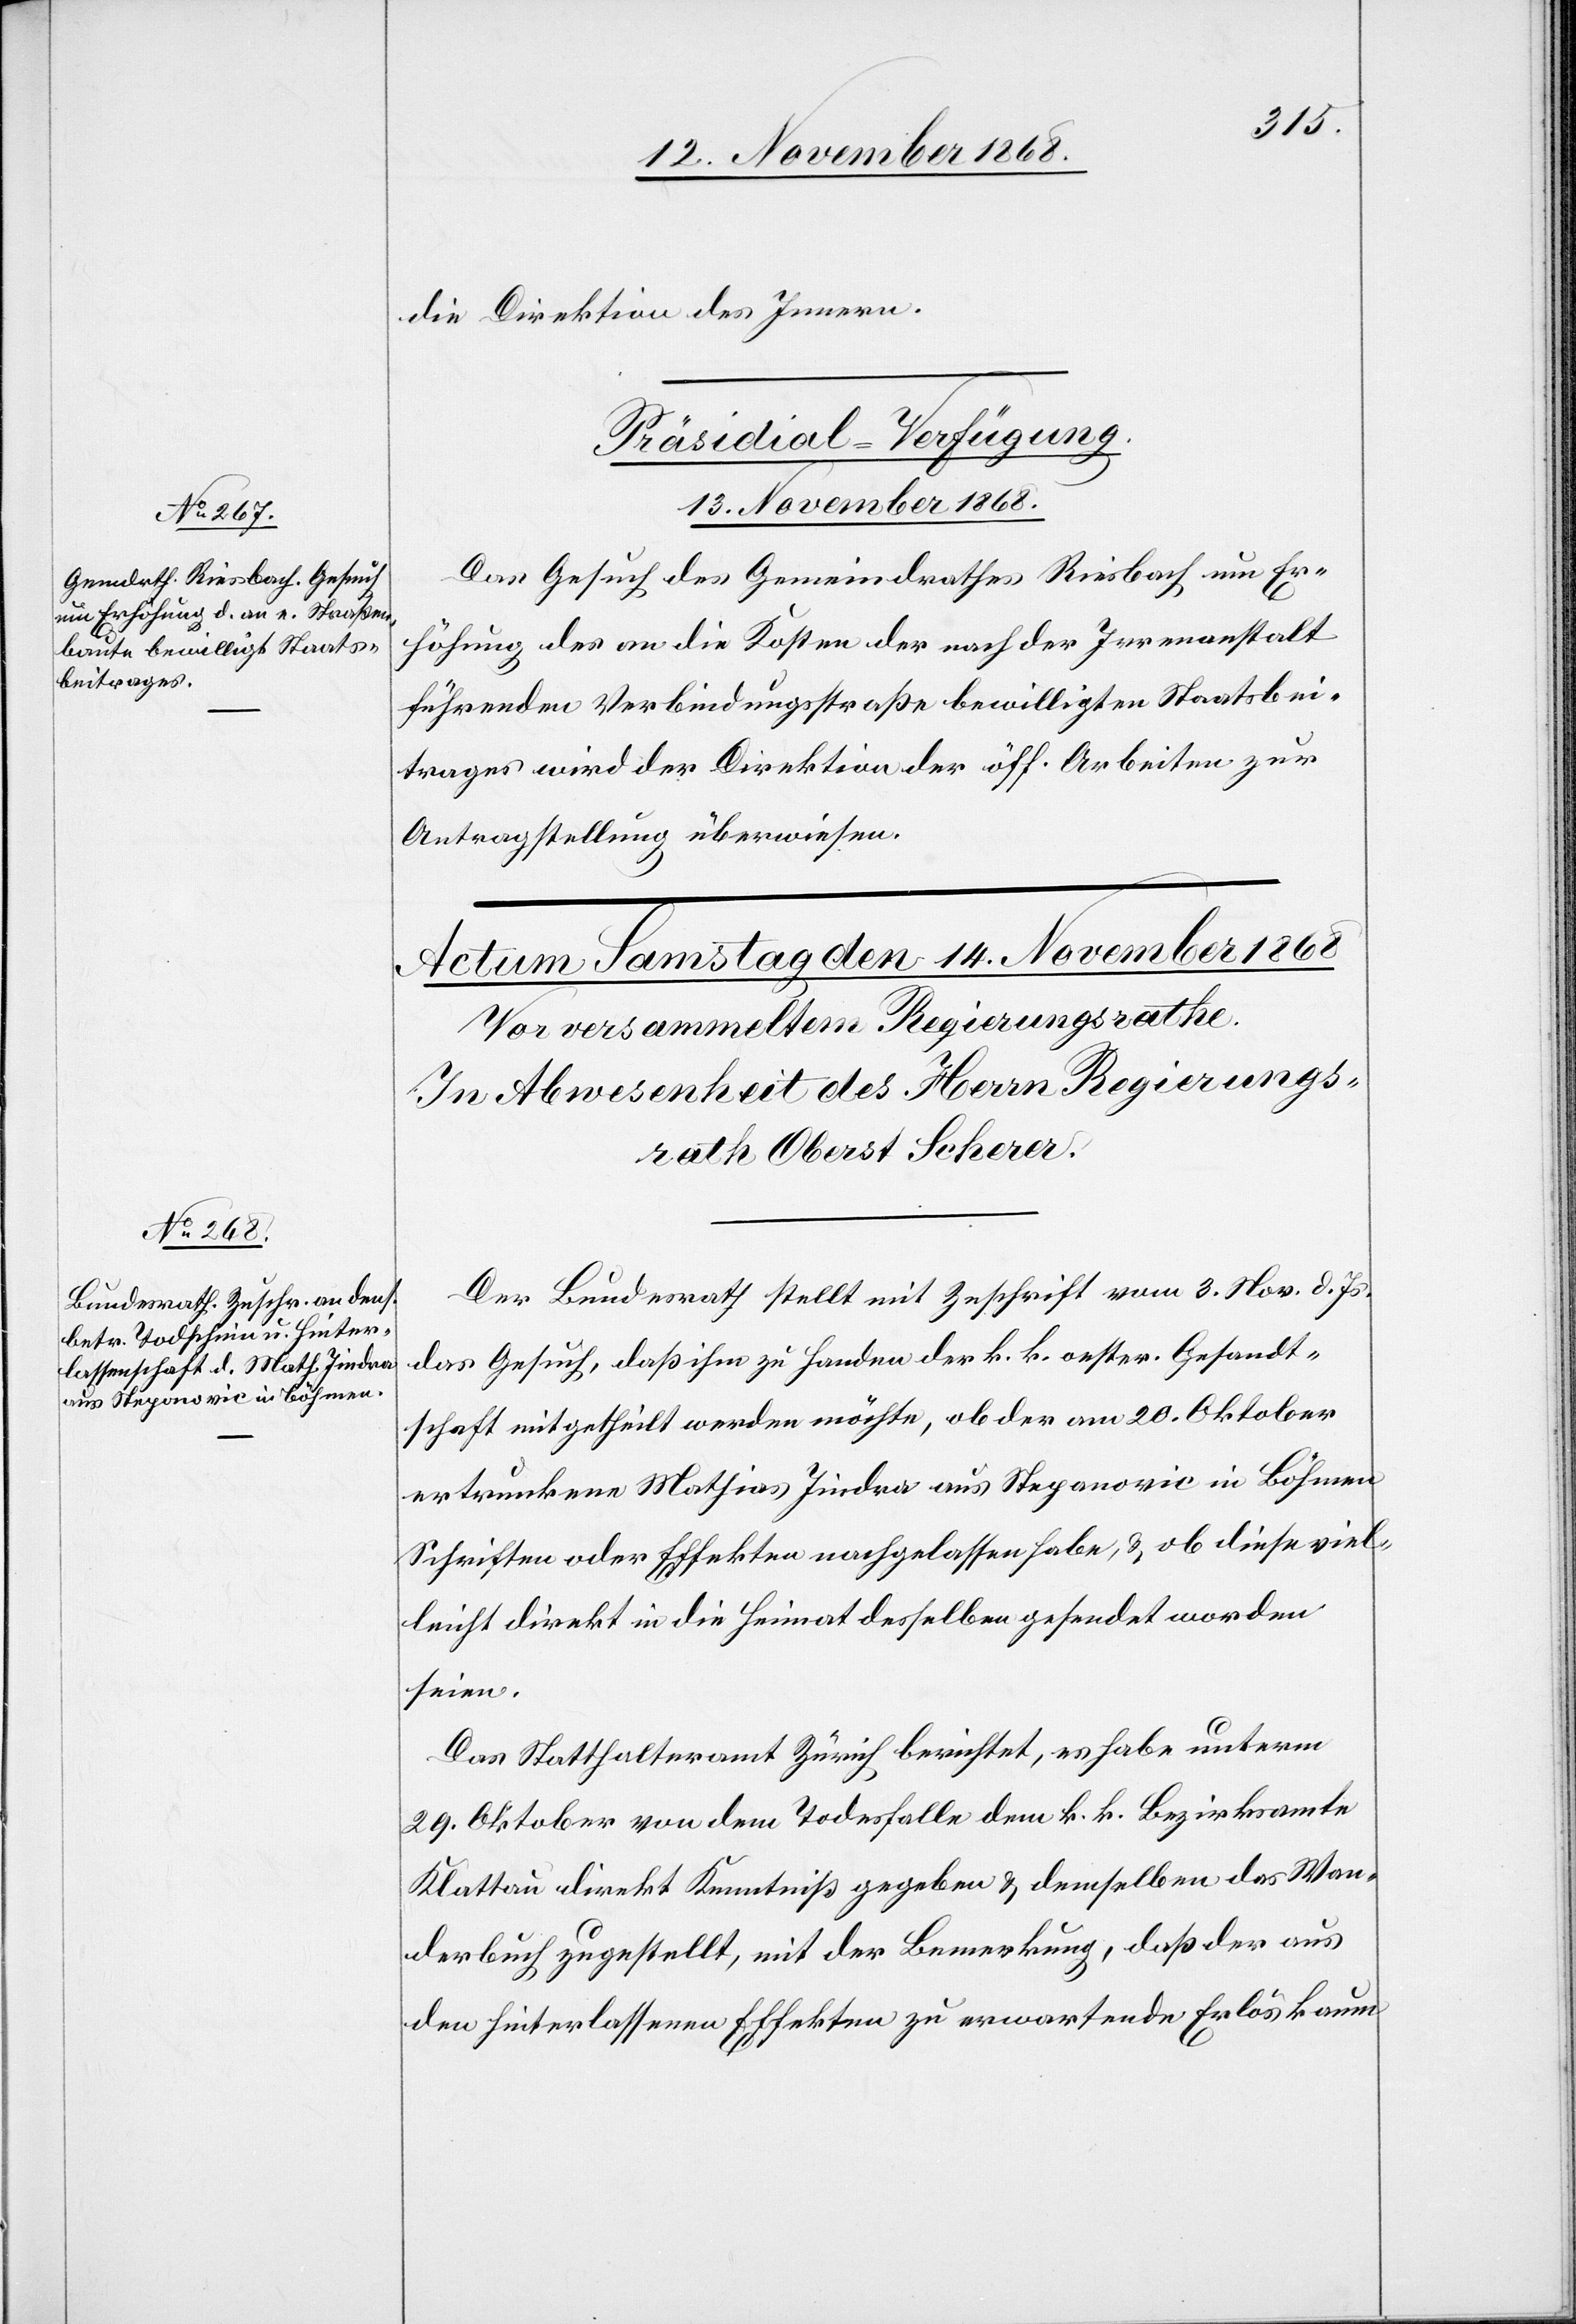
die Direktion des Innern.
Präsidial-Verfügung.
13. November 1868.
Das Gesuch des Gemeindrathes Riesbach um Er¬
höhung des an die Kosten der nach der Irrenanstalt
führenden Verbindungsstraße bewilligten Staatsbei¬
trages wird der Direktion der öff. Arbeiten zur
Antragstellung überwiesen.
Der Bundesrath stellt mit Zuschrift vom 3. Nov. d. Js.
das Gesuch, daß ihm zu Handen der k. k. oester. Gesandt¬
schaft mitgetheilt werden möchte, ob der am 20. Oktober
ertrunkene Mathias Jindra aus Stepanovic in Böhmen
Schriften oder Effekten nachgelassen habe, & ob diese viel¬
leicht direkt in die Heimat desselben gesendet worden
seien.
Das Statthalteramt Zürich berichtet, es habe unterm
29. Oktober von dem Todesfalle dem k. k. Bezirksamte
Klattau direkt Kenntniß gegeben & demselben das Wan¬
derbuch zugestellt, mit der Bemerkung, daß der aus
den hinterlassenen Effekten zu erwartende Erlös kaum